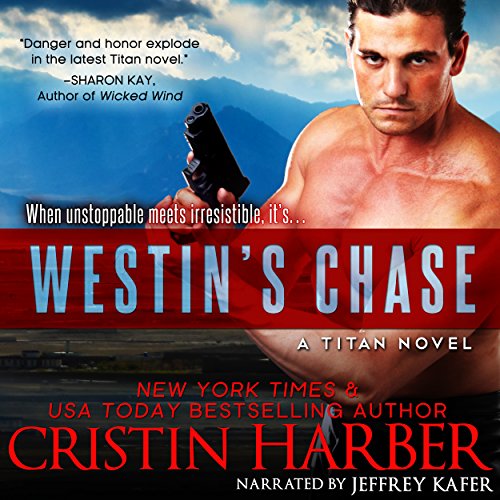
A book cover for Westin's Chase: Titan, Book 3; Cristin Harber; Literature & Fiction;